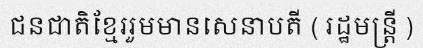
ជនជាតិខ្មែររួមមានសេនាបតី ( រដ្ឋមន្ត្រី )